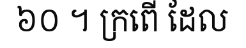
៦០ ។ ក្រពើ ដែល